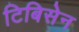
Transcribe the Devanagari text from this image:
टिबिसेन